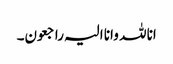
انا للہ وانا الیہ راجعون۔